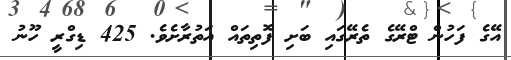
އޭގެ ފަހުން ޓްރޭގެ ތެރޭގައި ބަށި ފޮތިތައް އަތުރާށެވެ. 425 ޑިގްރީ ހޫނު